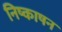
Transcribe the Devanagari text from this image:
निष्काषन